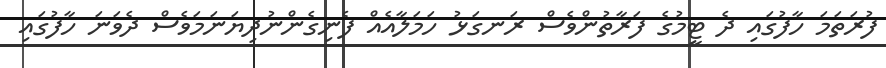
ފުރަތަމަ ހާފުގައި ދެ ޓީމުގެ ފަރާތުންވެސް ރަނގަޅު ހަމަލާއެއް ފެނިގެންނުދިޔަނަމަވެސް ދެވަނަ ހާފުގައި